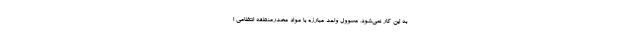
به این کار نمی‌شود. مسوول واحد مبارزه با مواد مخدرمنطقه انتظامی ا